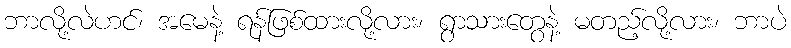
ဘာလို့လဲဟင်၊ အမေနဲ့ ရန်ဖြစ်ထားလို့လား၊ ရွာသားတွေနဲ့ မတည့်လို့လား၊ ဘာပဲ